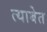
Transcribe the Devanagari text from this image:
त्याबेत